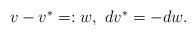
LaTeX: \begin{align*}\begin{array}{ll}v-v^*=:w,~dv^*=-dw.\end{array}\end{align*}